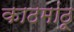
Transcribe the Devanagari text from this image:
काठमांठू